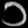
Digit: ၁